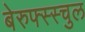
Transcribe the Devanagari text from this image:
बेरुफ्स्स्चुल